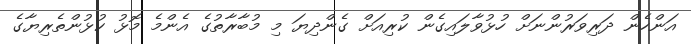
އަންހެން ދަރިވަރުންނަށް ހުޅުވާލައިގެން ކުރިއަށް ގެންދިޔަ މި މުބާރާތުގެ އެންމެ މޮޅު ކުޅުންތެރިޔާގެ